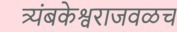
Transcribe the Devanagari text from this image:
त्र्यंबकेश्वराजवळच